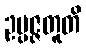
ဥပ္ပဇ္ဇတူတိ